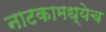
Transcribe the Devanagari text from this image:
नाटकामध्येच